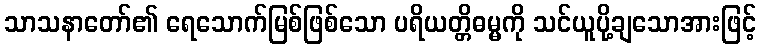
သာသနာတော်၏ ရေသောက်မြစ်ဖြစ်သော ပရိယတ္တိဓမ္မကို သင်ယူပို့ချသောအားဖြင့်